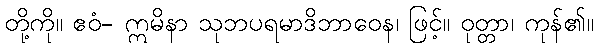
တို့ကို။ ဧဝံ- ဣမိနာ သုဘပရမာဒိဘာဝေန၊ ဖြင့်။ ဝုတ္တာ၊ ကုန်၏။